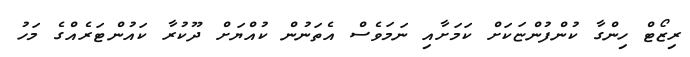
ރިޒޯޓް ހިންގާ ކުންފުންޏަކަށް ކަމަށާއި ނަމަވެސް އެތަނުން ކުއްޔަށް ދޫކުރާ ކައުންޓަރެއްގެ މަހު